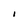
Character: I